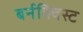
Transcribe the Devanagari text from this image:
बर्नक्विस्ट